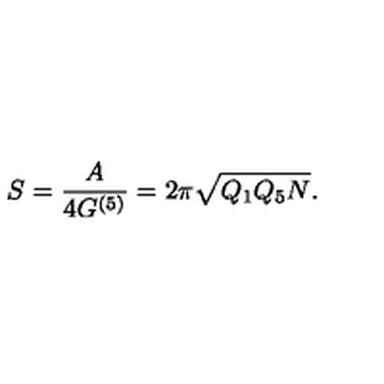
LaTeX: S = \frac A { 4 G ^ { ( 5 ) } } = 2 \pi \sqrt { Q _ { 1 } Q _ { 5 } N } .